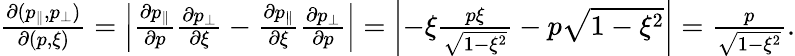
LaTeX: \begin{array}{r}{\frac{\partial(p_{\parallel},p_{\perp})}{\partial(p,\xi)}=\left|\frac{\partial p_{\parallel}}{\partial p}\frac{\partial p_{\perp}}{\partial\xi}-\frac{\partial p_{\parallel}}{\partial\xi}\frac{\partial p_{\perp}}{\partial p}\right|=\left|-\xi\frac{p\xi}{\sqrt{1-\xi^{2}}}-p\sqrt{1-\xi^{2}}\right|=\frac{p}{\sqrt{1-\xi^{2}}}.}\end{array}